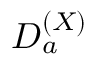
D _ { a } ^ { ( X ) }